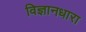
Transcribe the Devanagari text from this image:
विज्ञानधारा